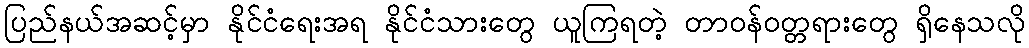
ပြည်နယ်အဆင့်မှာ နိုင်ငံရေးအရ နိုင်ငံသားတွေ ယူကြရတဲ့ တာဝန်ဝတ္တရားတွေ ရှိနေသလို